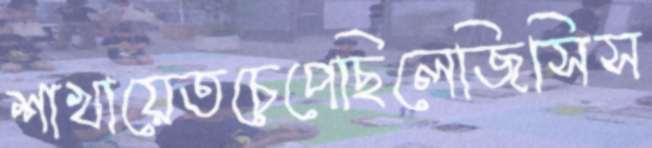
শাখায়েতচেপেছিলেজিসিস